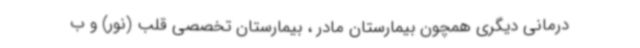
درمانی دیگری همچون بیمارستان مادر ، بیمارستان تخصصی قلب (نور) و ب